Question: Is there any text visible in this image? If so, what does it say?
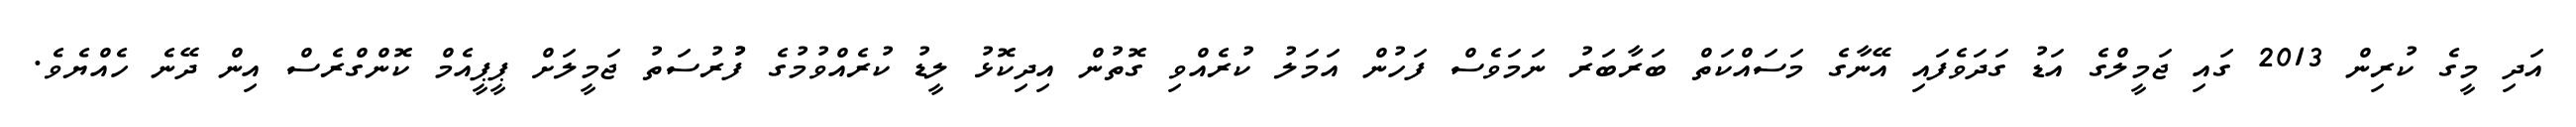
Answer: އަދި މީގެ ކުރިން 2013 ގައި ޖަމީލްގެ އަޑު ގަދަވެފައި އޭނާގެ މަސައްކަތް ބަރާބަރު ނަމަވެސް ފަހުން އަމަލު ކުރެއްވި ގޮތުން އިދިކޮޅު ލީޑު ކުރެއްވުމުގެ ފުުރުސަތު ޖަމީލަށް ޕީޕީއެމް ކޮންގްރެސް އިން ދޭނެ ހެއްޔެވެ.